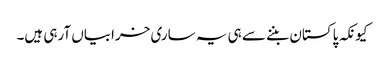
کیونکہ پاکستان بننے سے ہی یہ ساری خرابیاں آرہی ہیں۔